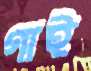
গাই